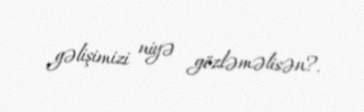
gəlişimizi niyə gözləməlisən?.